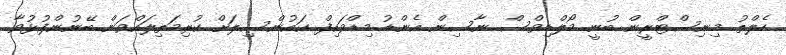
ހެލްތު މިނިސްޓްރީން ބުނީ މޯލްޑިވްސް ނާސިން އެންޑު މިޑްވައިފް ކައުންސިލަށް ކުރިމަތިލައްވަން ބޭނުންފުޅުވާ